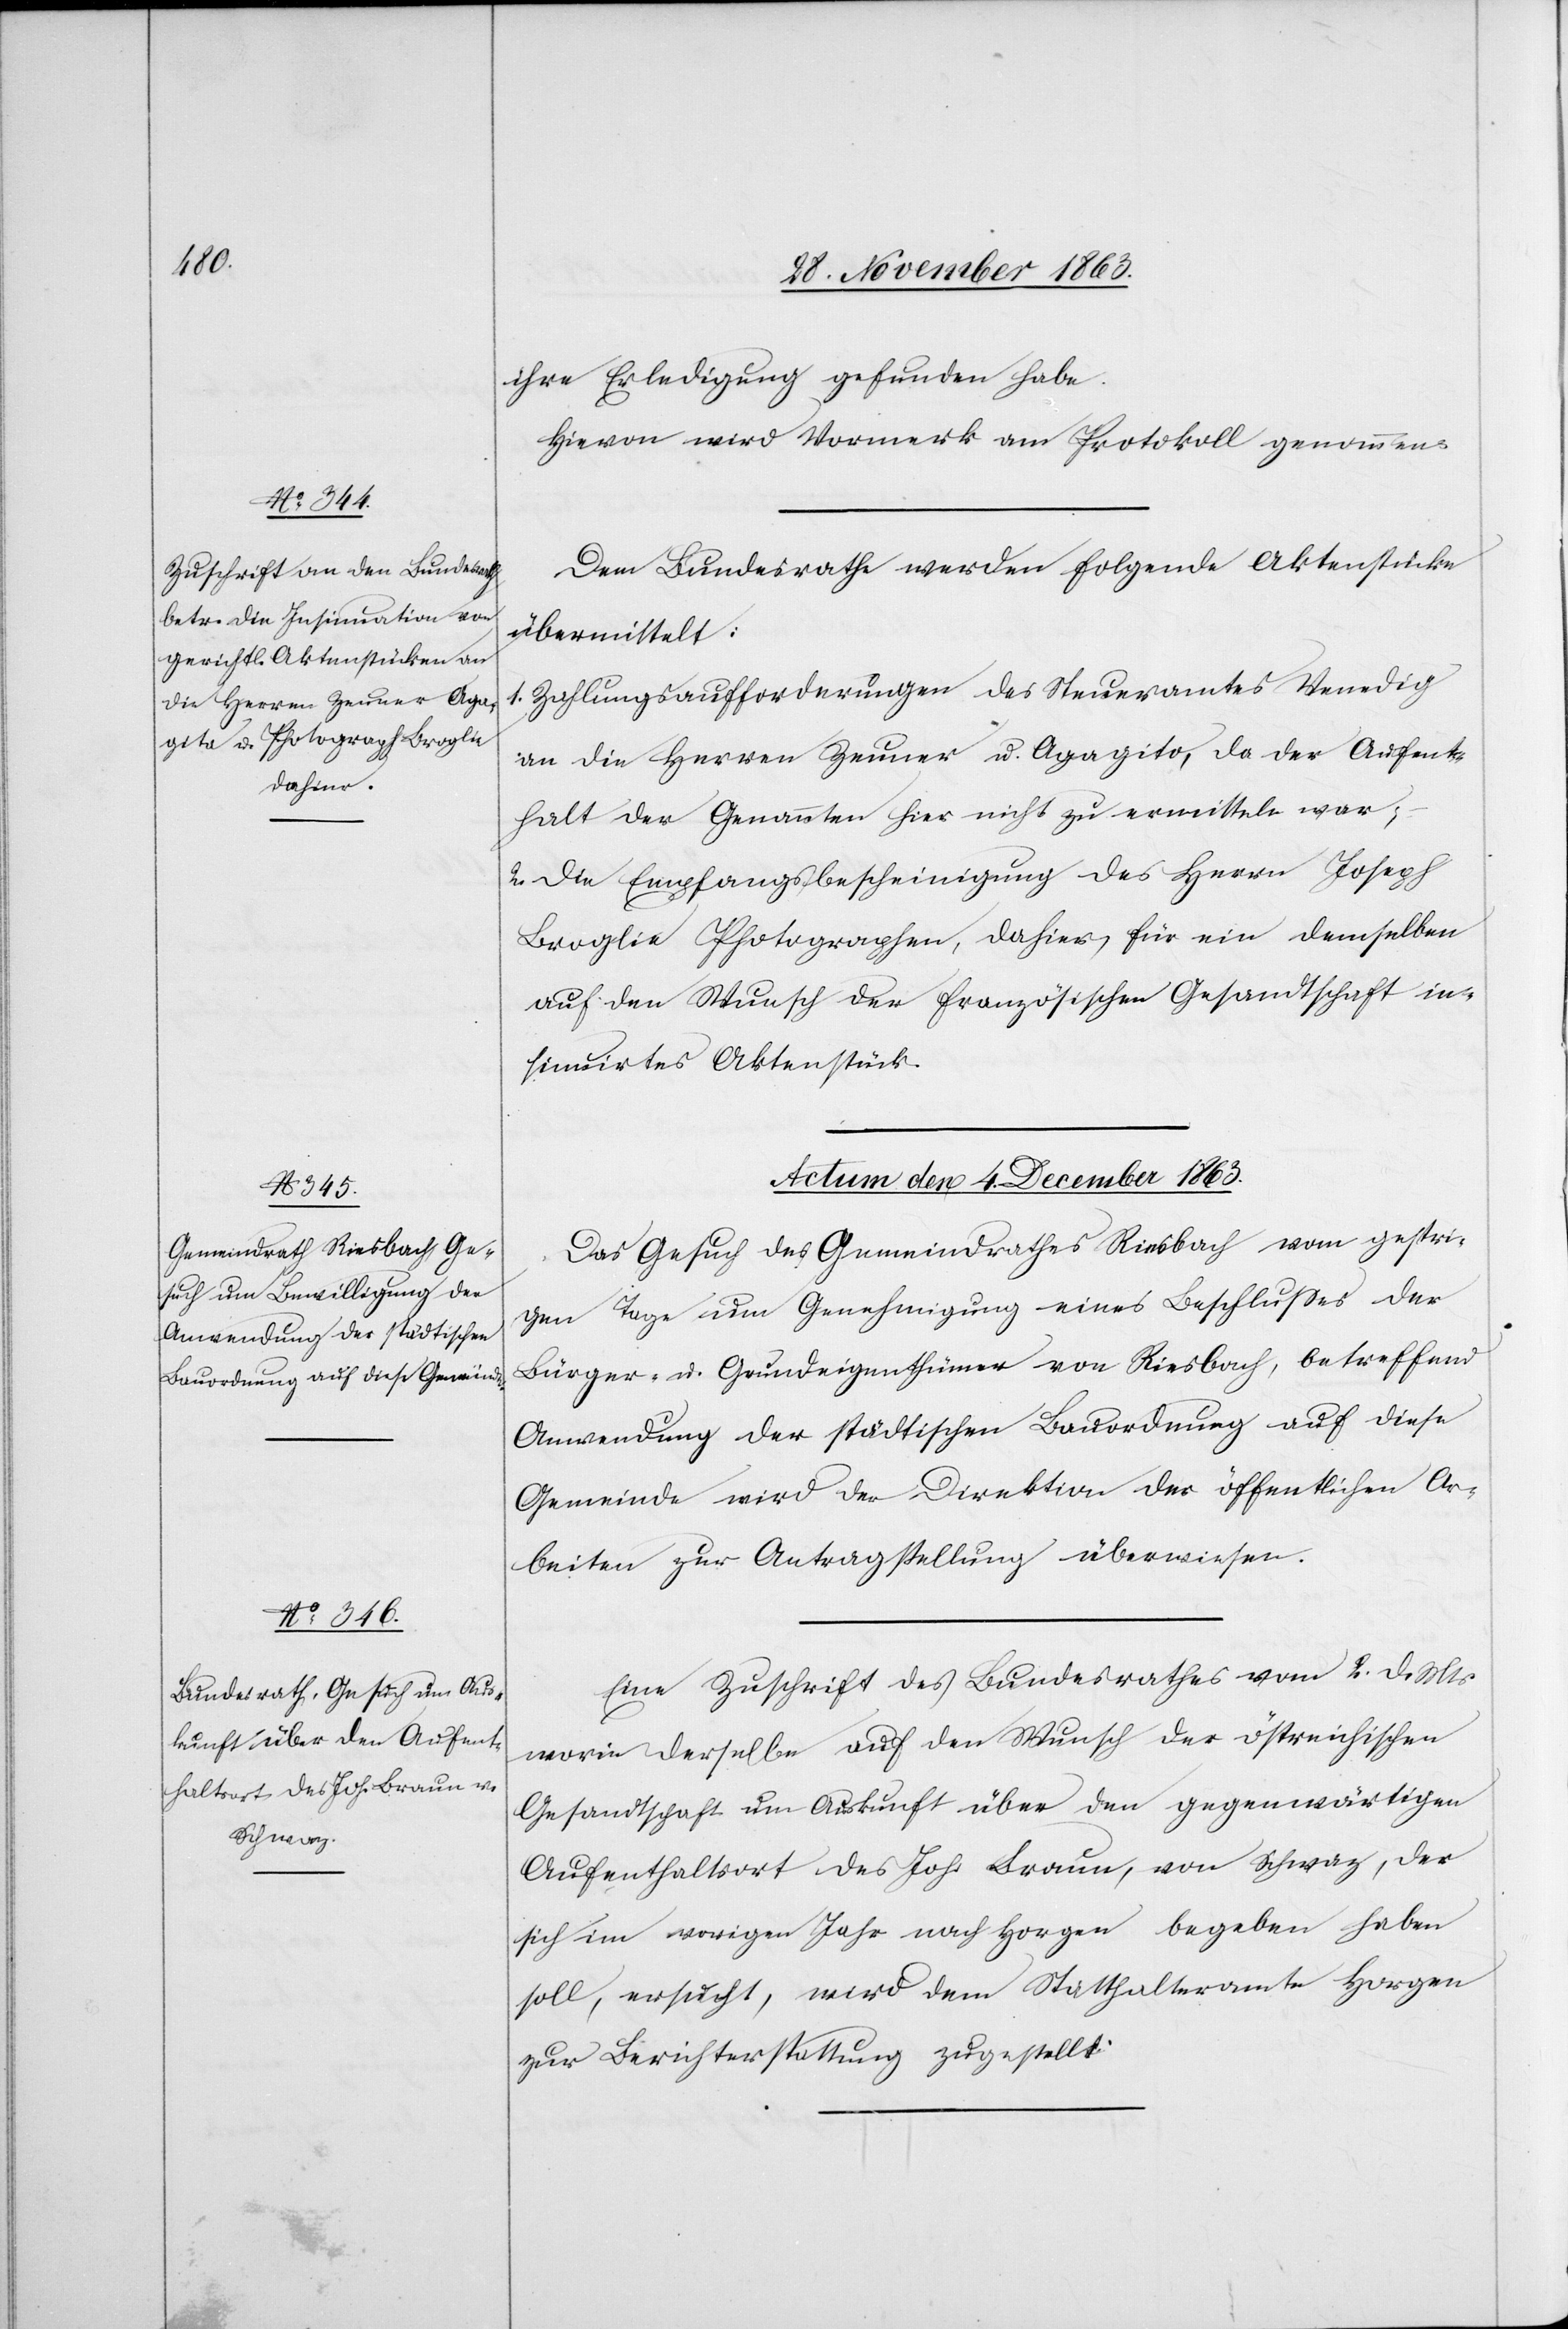
Roo¬

sevelt Erledigung gefunden habe.
Hievon wird Vormerk am Protokoll genommen.
Dem Bundesrathe werden folgende Aktenstücke
übermittelt:
1. Zahlungsaufforderungen des Steueramtes Venedig
an die Herren Zeuner u. Agagito, da der Aufent¬
halt der Genannten hier nicht zu ermitteln war;
2. Die Empfangsbescheinigung des Herrn Joseph
Broglie Photographen, dahier, für ein demselben
auf den Wunsch der französischen Gesandtschaft in¬
sinuirtes Aktenstück.
Actum den 4. December 1863.]
Das Gesuch des Gemeindrathes Riesbach vom gestri¬
gen Tage um Genehmigung eines Beschlusses der
Bürger- u. Grundeigenthümer von Riesbach, betreffend
Anwendung der städtischen Bauordnung auf diese
Gemeinde wird der Direktion der öffentlichen Ar¬
beiten zur Antragstellung überwiesen.
Eine Zuschrift des Bundesrathes vom 2. d. Mts
worin derselbe auf den Wunsch der östreichischen
Gesandtschaft um Auskunft über den gegenwärtigen
Aufenthaltsort des Joh. Braun, von Schwaz, der
sich im vorigen Jahr nach Horgen begeben haben
soll, ersucht, wird dem Statthalteramte Horgen
zur Berichterstattung zugestellt.